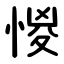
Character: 惾